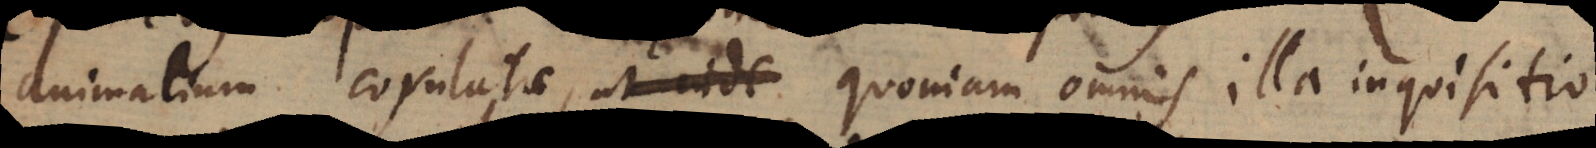
animalium copulatae, ut inde quoniam omnis illa inquisitio